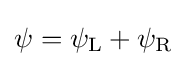
\psi =\psi _{\rm {L}}+\psi _{\rm {R}}